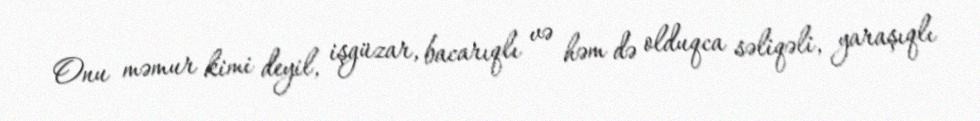
Onu məmur kimi deyil, işgüzar, bacarıqlı və həm də olduqca səliqəli, yaraşıqlı